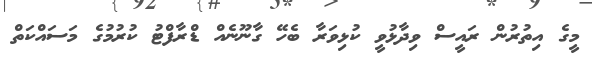
މީގެ އިތުރުން ރައީސް ވިދާޅުވީ ކުޅިވަރާ ބެހޭ ގާނޫނެއް ޑްރާފްޓު ކުރުމުގެ މަސައްކަތް